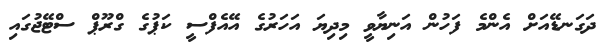
ދަގަނޑޭއަށް އެންމެ ފަހުން އަނިޔާވީ މިދިޔަ އަހަރުގެ އޭއެފްސީ ކަޕުގެ ގްރޫޕް ސްޓޭޖުގައި